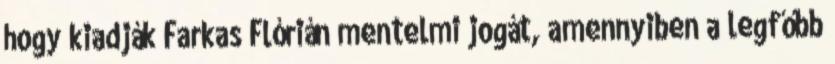
hogy kiadják Farkas Flórián mentelmi jogát, amennyiben a legfőbb